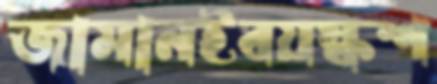
জামানইবয়স্কশ